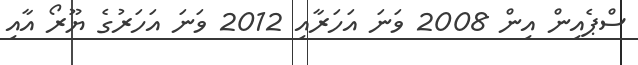
ސްޕެއިން އިން 2008 ވަނަ އަހަރާއި 2012 ވަނަ އަހަރުގެ ޔޫރޯ އާއި